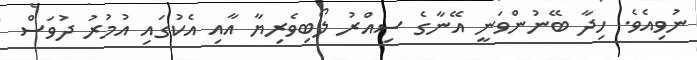
ނުވިއެވެ. ހިދާ ބޭނުންވަނީ އޭނާގެ ސިއްރު ލޯބިވެރިޔާ އާއި އެކުގައި އުމުރު ދުވަސް